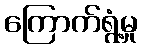
ကြောက်ရွံ့မှု